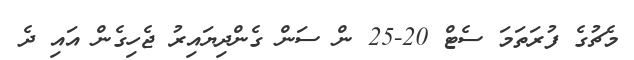
މެޗުގެ ފުރަތަމަ ސެޓް 20-25 ން ސަން ގެންދިޔައިރު ޖެހިގެން އައި ދެ